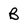
Character: B